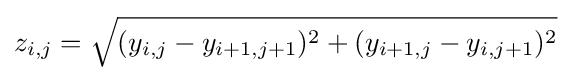
z_{i,j}={\sqrt {(y_{i,j}-y_{i+1,j+1})^{2}+(y_{i+1,j}-y_{i,j+1})^{2}}}